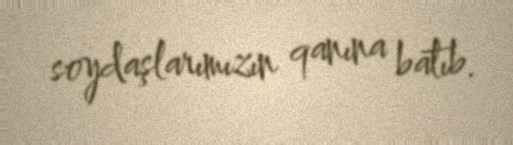
soydaşlarımızın qanına batıb.